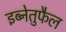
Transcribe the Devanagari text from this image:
इब्नेतुफैल